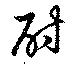
酎